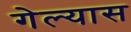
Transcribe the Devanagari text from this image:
गेल्‍यास